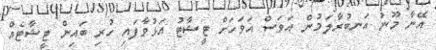
އޭނާ މޫނު އަނބުރާލަމުން އަވަސް އަވަހަށް ޓީޝާޓު އަޅުވާފައި ހުރި ބައިން ޓީޝާޓެއް